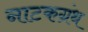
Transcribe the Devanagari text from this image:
नाटकग्रंथ